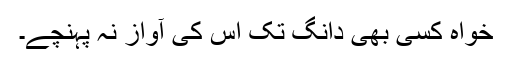
خواہ کسی بھی دانگ تک اس کی آواز نہ پہنچے۔